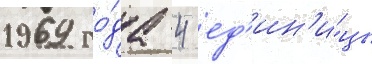
1969 го́да 4 ед'ин'и́цы